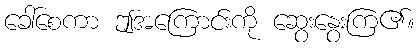
ခေါ်စေကာ ဤအကြောင်းကို ဆွေးနွေးကြ၏။